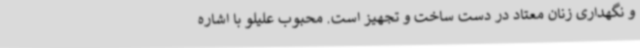
و نگهداری زنان معتاد در دست ساخت و تجهیز است. محبوب علیلو با اشاره